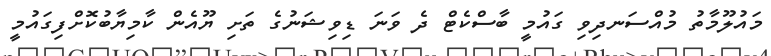
މައުލޫމާތު މުއްސަނދިވި ގައުމީ ބާސްކެޓް ދެ ވަނަ ޑިވިޝަނުގެ ތަށި ޔޫއެން ކާމިޔާބުކޮށްފިގައުމީ